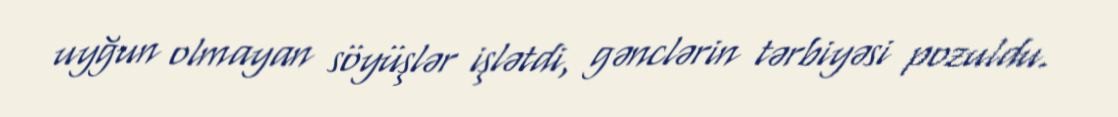
uyğun olmayan söyüşlər işlətdi, gənclərin tərbiyəsi pozuldu.